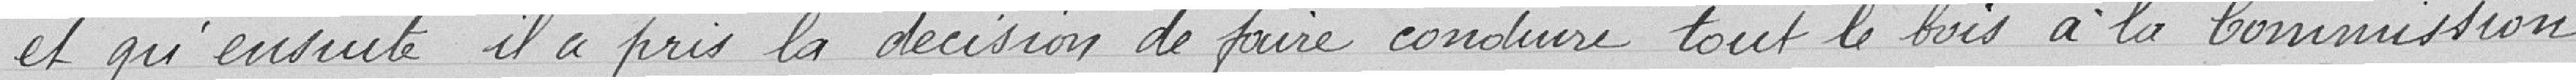
et qu'ensuite il a pris la décision de faire conduire tout le bois à la Commission